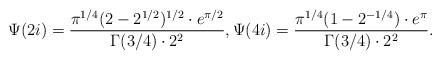
LaTeX: \begin{align*}\Psi(2i)=\dfrac{\pi^{1/4}(2-2^{1/2})^{1/2}\cdot e^{\pi/2}}{\Gamma(3/4)\cdot 2^2},\Psi(4i)=\dfrac{\pi^{1/4}(1-2^{-1/4})\cdot e^{\pi}}{\Gamma(3/4)\cdot 2^2}.\end{align*}